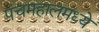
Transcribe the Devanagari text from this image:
पंचमहालमध्ये